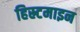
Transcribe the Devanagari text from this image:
हिस्र्टमाइन